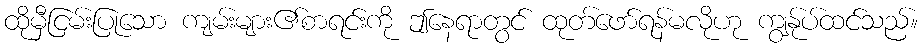
ထိုမှီငြမ်းပြုသော ကျမ်းများ၏စာရင်းကို ဤနေရာတွင် ထုတ်ဖော်ရန်မလိုဟု ကျွန်ုပ်ထင်သည်။